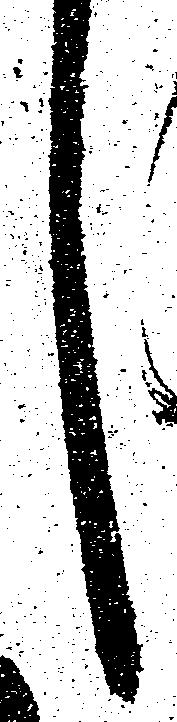
し